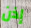
إذن